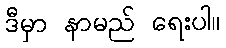
ဒီမှာ နာမည် ရေးပါ။